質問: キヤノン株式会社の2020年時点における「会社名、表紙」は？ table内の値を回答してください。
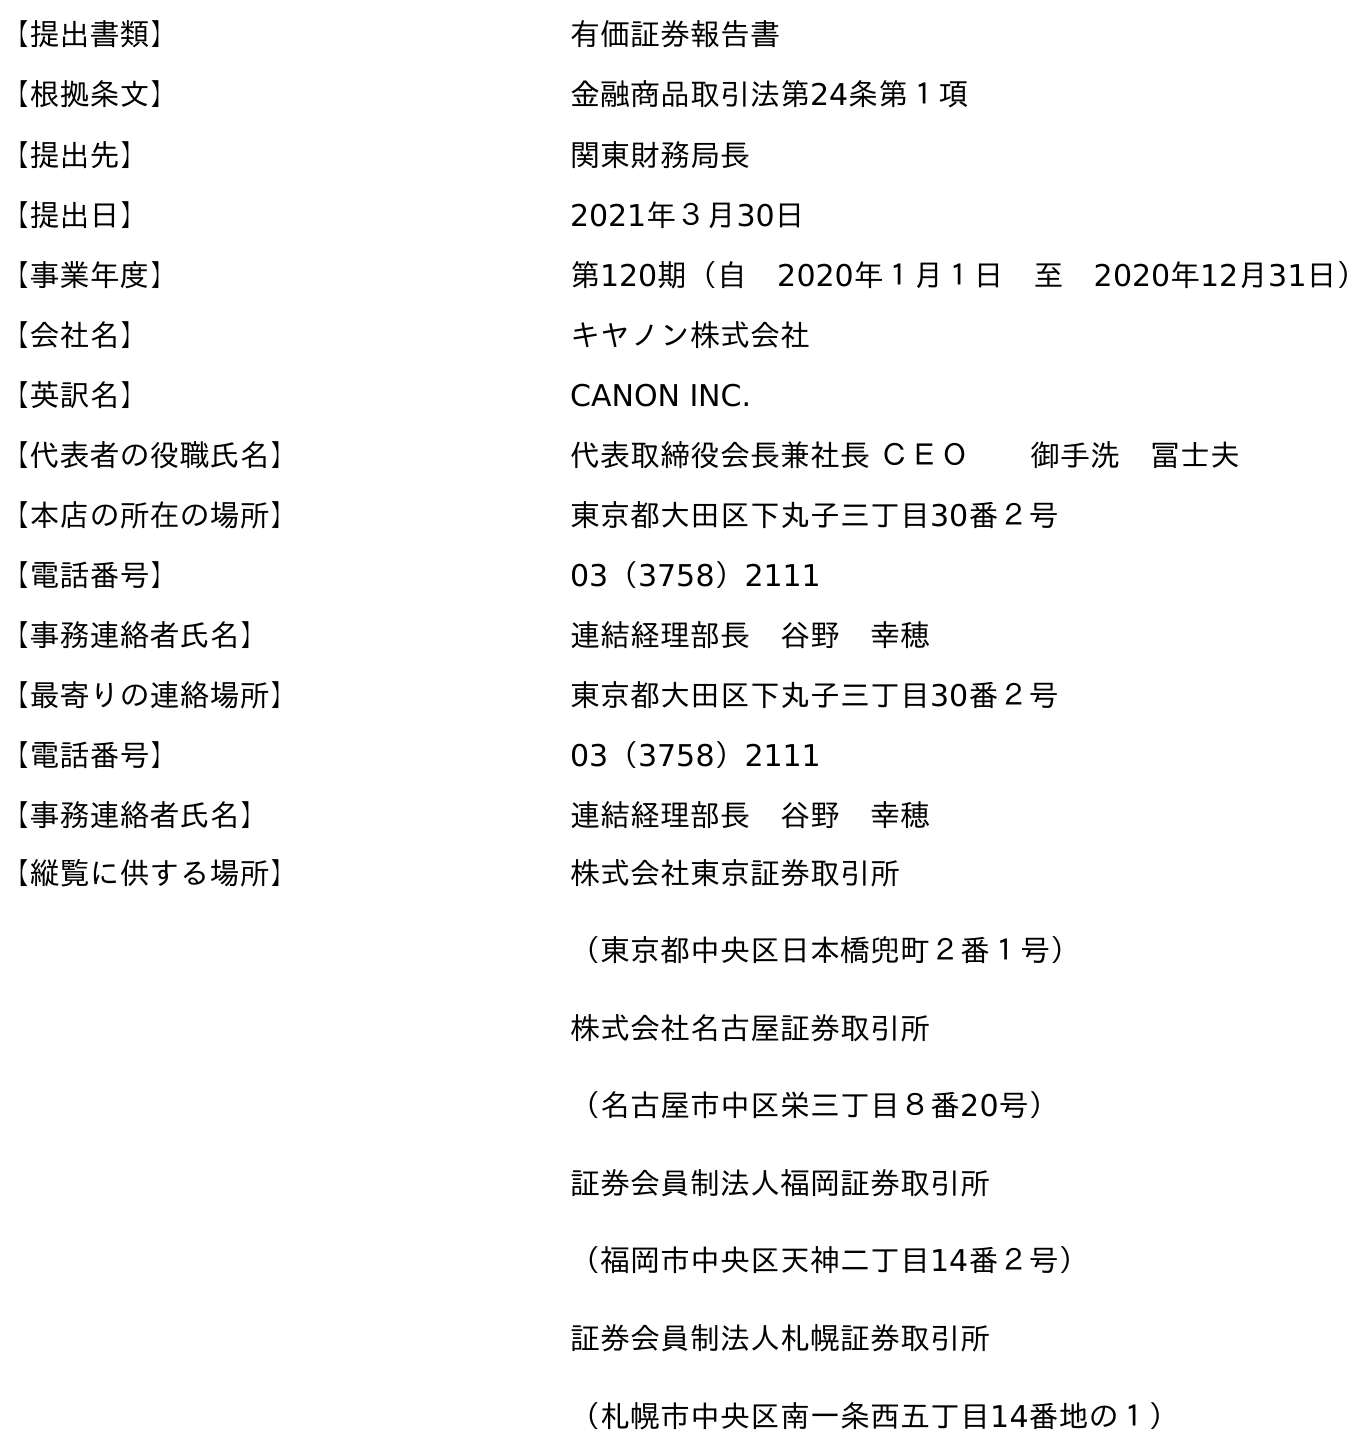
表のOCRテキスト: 【提出書類】 有価証券報告書 【根拠条文】 金融商品取引法第24条第１項 【提出先】 関東財務局長 【提出日】 2021年３月30日 【事業年度】 第120期（自 2020年１月１日 至 2020年12月31日） 【会社名】 キヤノン株式会社 【英訳名】 CANON INC. 【代表者の役職氏名】 代表取締役会長兼社長 ＣＥＯ  御手洗 冨士夫 【本店の所在の場所】 東京都大田区下丸子三丁目30番２号 【電話番号】 03（3758）2111 【事務連絡者氏名】 連結経理部長 谷野 幸穂 【最寄りの連絡場所】 東京都大田区下丸子三丁目30番２号 【電話番号】 03（3758）2111 【事務連絡者氏名】 連結経理部長 谷野 幸穂 【縦覧に供する場所】 株式会社東京証券取引所 （東京都中央区日本橋兜町２番１号） 株式会社名古屋証券取引所 （名古屋市中区栄三丁目８番20号） 証券会員制法人福岡証券取引所 （福岡市中央区天神二丁目14番２号） 証券会員制法人札幌証券取引所 （札幌市中央区南一条西五丁目14番地の１）
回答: キヤノン株式会社